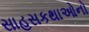
સાહસકથાઓનો